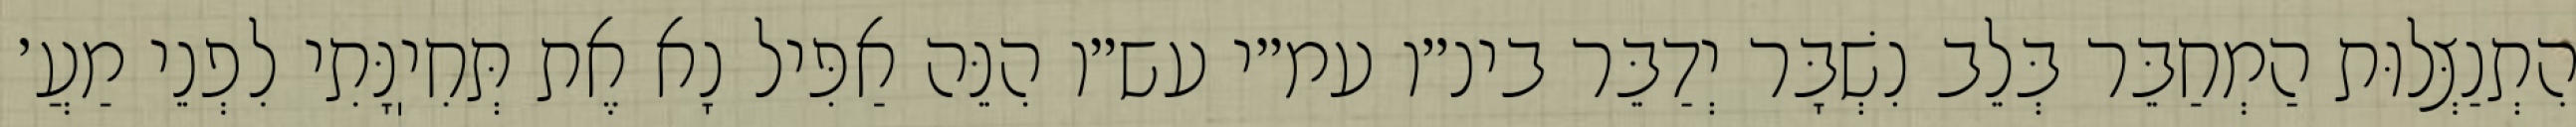
הִתְנַצְּלוּת הַמְחַבֵּר בְּלֵב נִשְׁבָּר יְדַבֵּר בינ״ו עמ״י עש״ו הִנֵּה אַפִּיל נָא אֶת תְּחִיֽנָּתִי לִפְנֵי מַעֲ׳